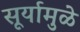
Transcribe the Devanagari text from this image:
सूर्यामुळे